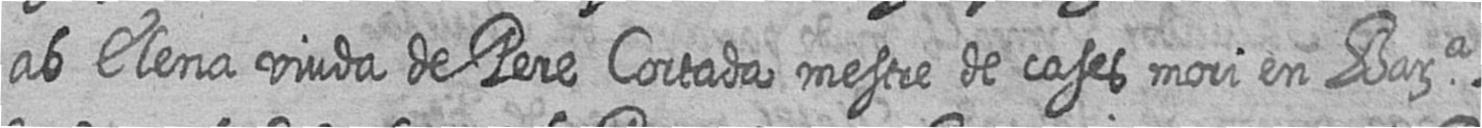
ab Elena viuda de Pere Cortada mestre de cases mori en Bara